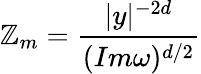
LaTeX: \mathbb{Z}_{m}=\frac{{|y|^{-2d}}}{{(Im\omega)^{d/2}}}